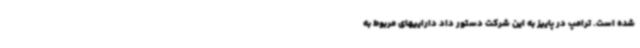
شده است. ترامپ در پاییز به این شرکت دستور داد داراییهای مربوط به